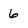
Character: 6